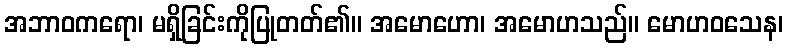
အဘာဝကရော၊ မရှိခြင်းကိုပြုတတ်၏။ အမောဟော၊ အမောဟသည်။ မောဟဝသေန၊